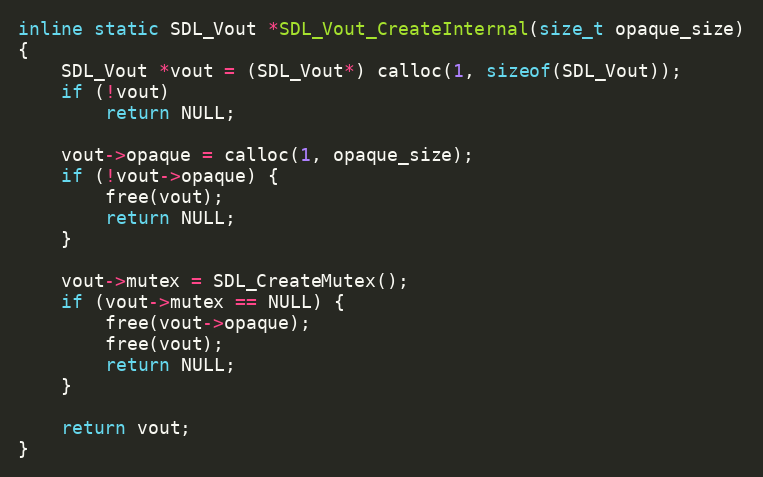
Language: C
inline static SDL_Vout *SDL_Vout_CreateInternal(size_t opaque_size)
{
    SDL_Vout *vout = (SDL_Vout*) calloc(1, sizeof(SDL_Vout));
    if (!vout)
        return NULL;

    vout->opaque = calloc(1, opaque_size);
    if (!vout->opaque) {
        free(vout);
        return NULL;
    }

    vout->mutex = SDL_CreateMutex();
    if (vout->mutex == NULL) {
        free(vout->opaque);
        free(vout);
        return NULL;
    }

    return vout;
}